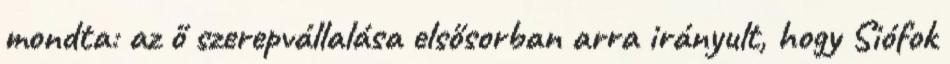
mondta: az ő szerepvállalása elsősorban arra irányult, hogy Siófok